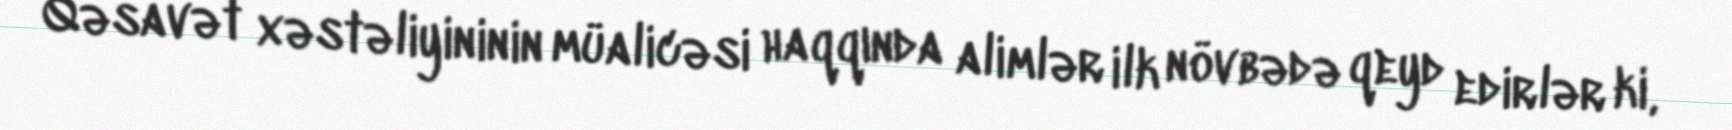
Qəsavət xəstəliyininin müalicəsi haqqında alimlər ilk növbədə qeyd edirlər ki,